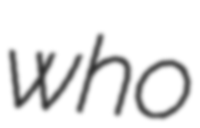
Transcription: who